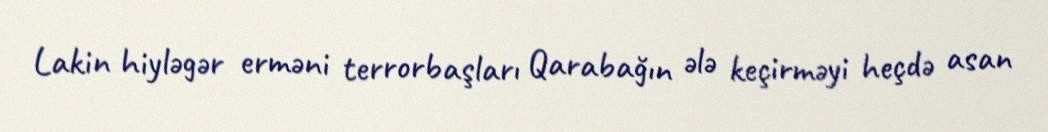
Lakin hiyləgər erməni terrorbaşları Qarabağın ələ keçirməyi heçdə asan